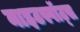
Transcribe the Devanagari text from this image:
नाइटस्पॉट्स